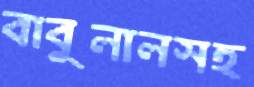
বাবুলালসহ